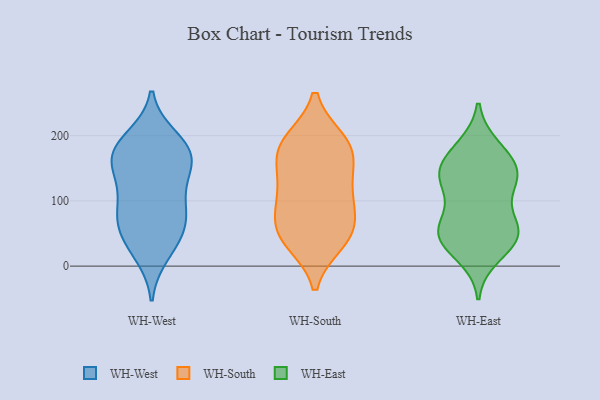
{"axis": {"x": "Inventory Turnover", "y": "Value"}, "legend": ["WH-East", "WH-South", "WH-West"], "data": [{"x": "", "y": 42, "type": "WH-West"}, {"x": "", "y": 82, "type": "WH-West"}, {"x": "", "y": 197, "type": "WH-West"}, {"x": "", "y": 172, "type": "WH-West"}, {"x": "", "y": 162, "type": "WH-West"}, {"x": "", "y": 139, "type": "WH-West"}, {"x": "", "y": 66, "type": "WH-West"}, {"x": "", "y": 198, "type": "WH-West"}, {"x": "", "y": 170, "type": "WH-West"}, {"x": "", "y": 166, "type": "WH-West"}, {"x": "", "y": 26, "type": "WH-West"}, {"x": "", "y": 153, "type": "WH-West"}, {"x": "", "y": 17, "type": "WH-West"}, {"x": "", "y": 69, "type": "WH-West"}, {"x": "", "y": 113, "type": "WH-West"}, {"x": "", "y": 179, "type": "WH-West"}, {"x": "", "y": 115, "type": "WH-West"}, {"x": "", "y": 61, "type": "WH-West"}, {"x": "", "y": 85, "type": "WH-West"}, {"x": "", "y": 185, "type": "WH-South"}, {"x": "", "y": 81, "type": "WH-South"}, {"x": "", "y": 38, "type": "WH-South"}, {"x": "", "y": 56, "type": "WH-South"}, {"x": "", "y": 177, "type": "WH-South"}, {"x": "", "y": 191, "type": "WH-South"}, {"x": "", "y": 103, "type": "WH-South"}, {"x": "", "y": 151, "type": "WH-South"}, {"x": "", "y": 131, "type": "WH-South"}, {"x": "", "y": 186, "type": "WH-South"}, {"x": "", "y": 45, "type": "WH-South"}, {"x": "", "y": 48, "type": "WH-South"}, {"x": "", "y": 106, "type": "WH-South"}, {"x": "", "y": 16, "type": "WH-East"}, {"x": "", "y": 84, "type": "WH-East"}, {"x": "", "y": 62, "type": "WH-East"}, {"x": "", "y": 182, "type": "WH-East"}, {"x": "", "y": 152, "type": "WH-East"}, {"x": "", "y": 135, "type": "WH-East"}, {"x": "", "y": 45, "type": "WH-East"}, {"x": "", "y": 177, "type": "WH-East"}, {"x": "", "y": 53, "type": "WH-East"}, {"x": "", "y": 138, "type": "WH-East"}, {"x": "", "y": 44, "type": "WH-East"}, {"x": "", "y": 47, "type": "WH-East"}, {"x": "", "y": 151, "type": "WH-East"}, {"x": "", "y": 44, "type": "WH-East"}, {"x": "", "y": 124, "type": "WH-East"}, {"x": "", "y": 131, "type": "WH-East"}]}